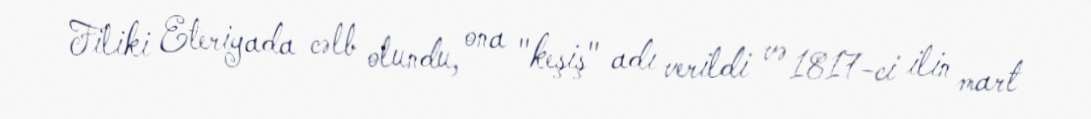
Filiki Eteriyada cəlb olundu, ona "keşiş" adı verildi və 1817-ci ilin mart